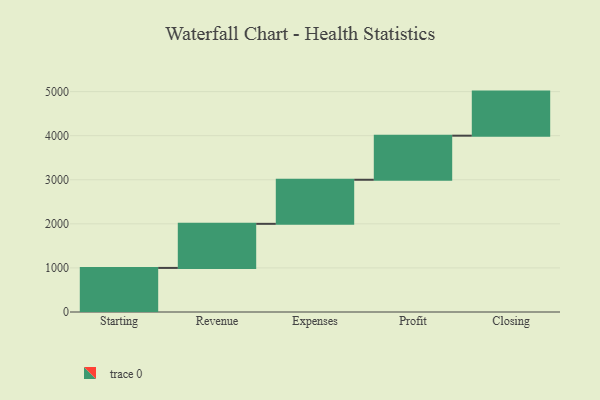
{"axis": {"x": "Step", "y": "Value"}, "legend": [""], "data": [{"x": "Starting", "y": 1000, "type": ""}, {"x": "Revenue", "y": 1000, "type": ""}, {"x": "Expenses", "y": 1000, "type": ""}, {"x": "Profit", "y": 1000, "type": ""}, {"x": "Closing", "y": 1000, "type": ""}]}